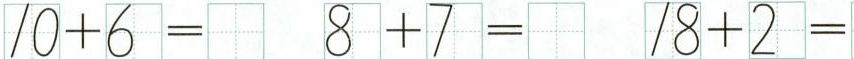
$$1 0 + 6 =$$ $$8 + 7 =$$ $$1 8 + 2 =$$